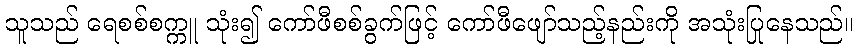
သူသည် ရေစစ်စက္ကူ သုံး၍ ကော်ဖီစစ်ခွက်ဖြင့် ကော်ဖီဖျော်သည့်နည်းကို အသုံးပြုနေသည်။